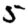
Digit: 5